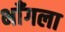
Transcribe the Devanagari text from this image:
भाँगला